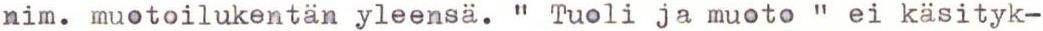
nim. muotoilukentän yleensä. "  Tuoli ja muoto " ei käsityk-